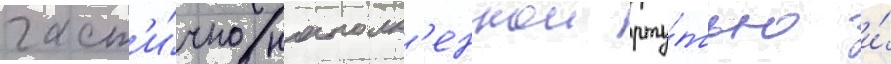
част'и́чно наполн'еннои рту́тью и́